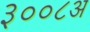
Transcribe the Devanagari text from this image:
३००८अ